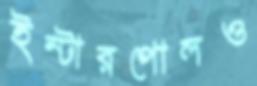
ইন্টারপোলও